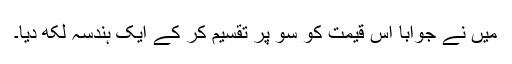
میں نے جواباً اس قیمت کو سو پر تقسیم کر کے ایک ہندسہ لکھ دیا۔